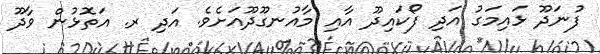
ފުނަދޫ ޅައިމަގު އަދި ފޯކައިދޫ އާއި މާއުނގޫދޫއަށެވެ. އަދި ރ. އަތޮޅުން ވާދޫ